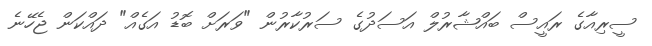
ސީރިއާގެ ރައީސް ބައްޝާރުލް އަސަދުގެ ސަރުކާރުން "ވަރަށް ބޮޑު އަގެއް" ދައްކަން ޖެހޭނެ